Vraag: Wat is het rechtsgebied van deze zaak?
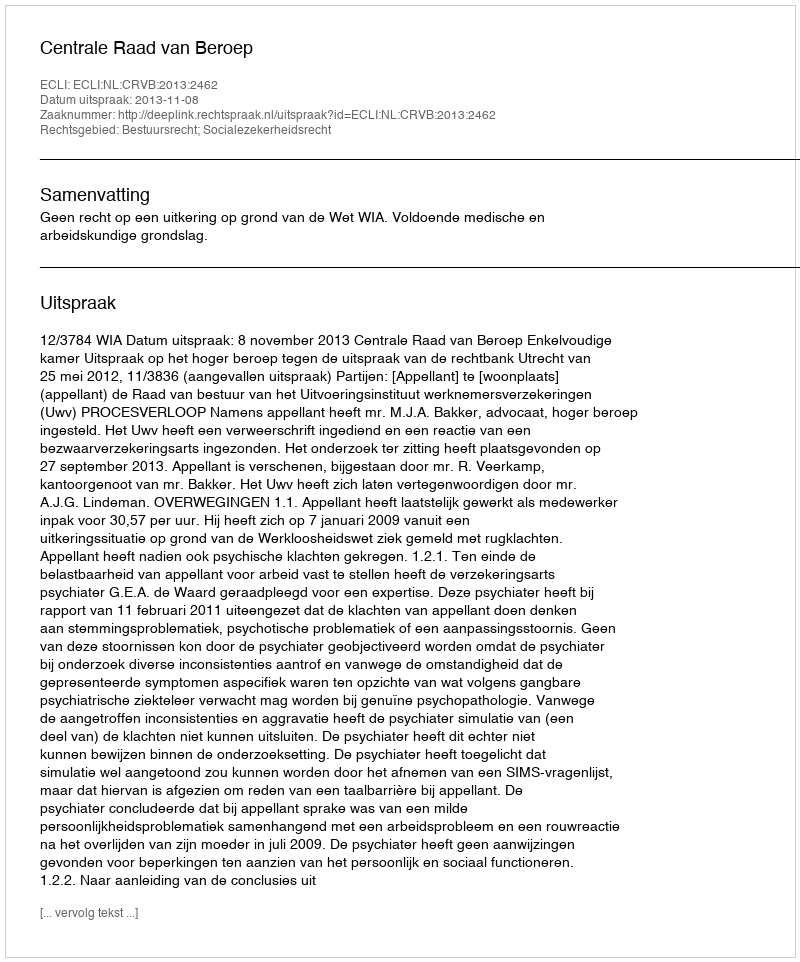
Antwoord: Bestuursrecht; Socialezekerheidsrecht